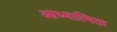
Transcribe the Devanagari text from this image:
आध्यात्मिता